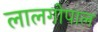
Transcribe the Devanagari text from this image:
लालगोपाल